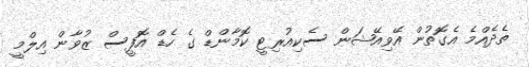
ތެދެއްމެ އެގޮތުން އޭވިއޭޝަން ސެކިއުރިޓީ ކޮމާންޑް ގެ ހެޑް އޮފީސް ޒުވާން އިލްމީ